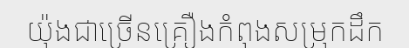
យ៉ុងជាច្រើនគ្រឿងកំពុងសម្រុកដឹក